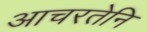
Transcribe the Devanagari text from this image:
आचरतेनि